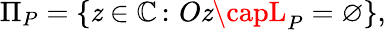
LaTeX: \Pi_{P}=\{ \mathit{z}\in\mathbb{{C}}\, \colon\, O\mathit{z}\capL_{P}=\varnothing\} ,